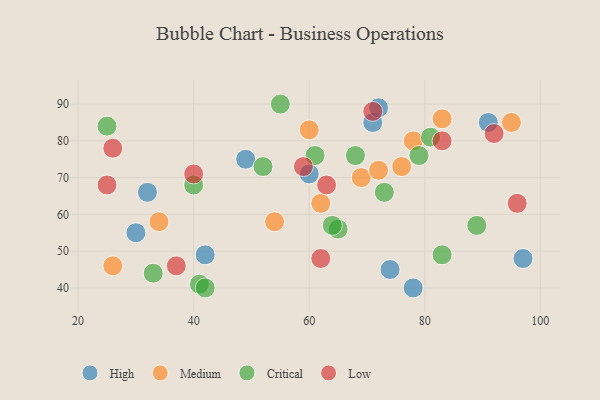
{"axis": {"x": "GDP", "y": "Life Expectancy"}, "legend": ["Critical", "High", "Low", "Medium"], "data": [{"x": "71", "y": 85, "type": "High"}, {"x": "72", "y": 89, "type": "High"}, {"x": "91", "y": 85, "type": "High"}, {"x": "42", "y": 49, "type": "High"}, {"x": "49", "y": 75, "type": "High"}, {"x": "97", "y": 48, "type": "High"}, {"x": "74", "y": 45, "type": "High"}, {"x": "30", "y": 55, "type": "High"}, {"x": "78", "y": 40, "type": "High"}, {"x": "60", "y": 71, "type": "High"}, {"x": "32", "y": 66, "type": "High"}, {"x": "95", "y": 85, "type": "Medium"}, {"x": "60", "y": 83, "type": "Medium"}, {"x": "34", "y": 58, "type": "Medium"}, {"x": "76", "y": 73, "type": "Medium"}, {"x": "78", "y": 80, "type": "Medium"}, {"x": "69", "y": 70, "type": "Medium"}, {"x": "72", "y": 72, "type": "Medium"}, {"x": "26", "y": 46, "type": "Medium"}, {"x": "54", "y": 58, "type": "Medium"}, {"x": "62", "y": 63, "type": "Medium"}, {"x": "83", "y": 86, "type": "Medium"}, {"x": "25", "y": 84, "type": "Critical"}, {"x": "41", "y": 41, "type": "Critical"}, {"x": "40", "y": 68, "type": "Critical"}, {"x": "79", "y": 76, "type": "Critical"}, {"x": "42", "y": 40, "type": "Critical"}, {"x": "33", "y": 44, "type": "Critical"}, {"x": "89", "y": 57, "type": "Critical"}, {"x": "81", "y": 81, "type": "Critical"}, {"x": "68", "y": 76, "type": "Critical"}, {"x": "65", "y": 56, "type": "Critical"}, {"x": "83", "y": 49, "type": "Critical"}, {"x": "64", "y": 57, "type": "Critical"}, {"x": "73", "y": 66, "type": "Critical"}, {"x": "61", "y": 76, "type": "Critical"}, {"x": "55", "y": 90, "type": "Critical"}, {"x": "52", "y": 73, "type": "Critical"}, {"x": "59", "y": 73, "type": "Low"}, {"x": "96", "y": 63, "type": "Low"}, {"x": "71", "y": 88, "type": "Low"}, {"x": "37", "y": 46, "type": "Low"}, {"x": "25", "y": 68, "type": "Low"}, {"x": "26", "y": 78, "type": "Low"}, {"x": "83", "y": 80, "type": "Low"}, {"x": "62", "y": 48, "type": "Low"}, {"x": "92", "y": 82, "type": "Low"}, {"x": "40", "y": 71, "type": "Low"}, {"x": "63", "y": 68, "type": "Low"}]}